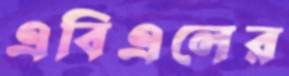
এবিএলের